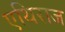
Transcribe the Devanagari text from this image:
एथिराज